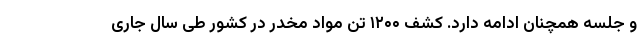
و جلسه همچنان ادامه دارد. کشف ۱۲۰۰ تن مواد مخدر در کشور طی سال جاری